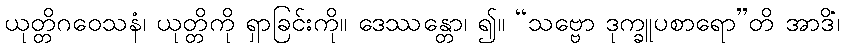
ယုတ္တိဂဝေသနံ၊ ယုတ္တိကို ရှာခြင်းကို။ ဒေဿန္တော၊ ၍။ “သဗ္ဗော ဒုက္ခူပစာရော”တိ အာဒိံ၊